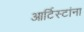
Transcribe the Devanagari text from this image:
आर्टिस्टांना